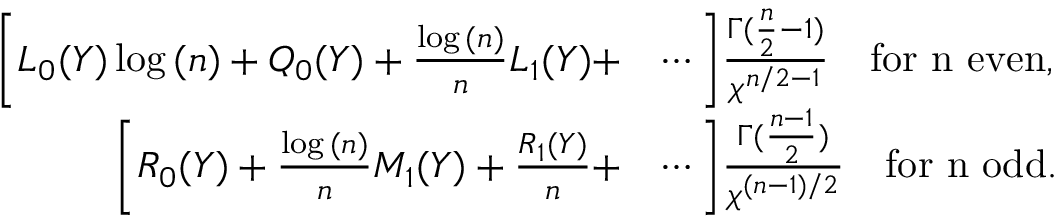
\begin{array} { r l } { \bigg [ L _ { 0 } ( Y ) \log { ( n ) } + Q _ { 0 } ( Y ) + \frac { \log { ( n ) } } { n } L _ { 1 } ( Y ) + } & { \cdots \bigg ] \frac { \Gamma ( \frac { n } { 2 } - 1 ) } { \chi ^ { n / 2 - 1 } } \quad \mathrm { f o r ~ n ~ e v e n } , } \\ { \bigg [ R _ { 0 } ( Y ) + \frac { \log { ( n ) } } { n } M _ { 1 } ( Y ) + \frac { R _ { 1 } ( Y ) } { n } + } & { \cdots \bigg ] \frac { \Gamma ( \frac { n - 1 } { 2 } ) } { \chi ^ { ( n - 1 ) / 2 } } \quad \mathrm { f o r ~ n ~ o d d } . } \end{array}